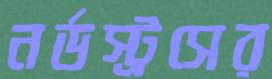
নর্ডস্ট্রসের